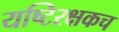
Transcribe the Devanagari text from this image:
यष्टिरक्षकच